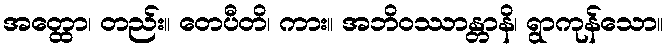
အတ္ထော၊ တည်း။ တေပီတိ၊ ကား။ အဘိဝဿာန္တာနိ၊ ရွာကုန်သော။